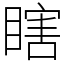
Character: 瞎